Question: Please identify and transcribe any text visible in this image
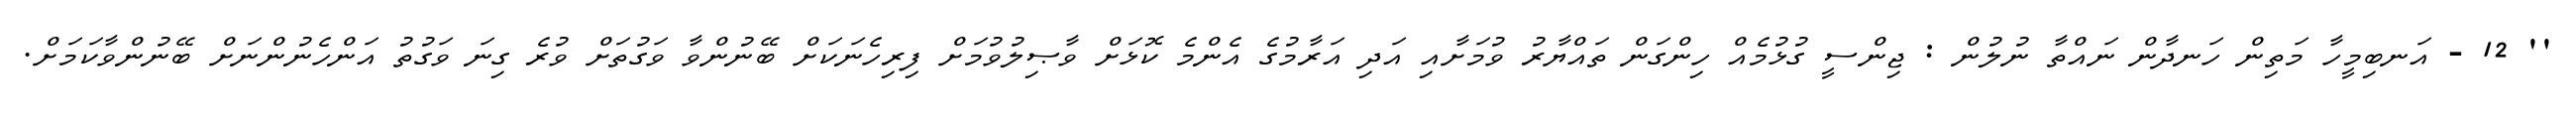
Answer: '' 12 - އަނބިމީހާ މަތިން ހަނދާން ނައްތާ ނުލުން : ޖިންސީ ގުޅުމެއް ހިންގަން ތައްޔާރު ވުމަށާއި އަދި އަރާމުގެ އެންމެ ކޮޅަށް ވާޞިލުވުމަށް ފިރިހެނަކަށް ބޭނުންވާ ވަގުތަށް ވުރެ ގިނަ ވަގުތު އަންހެނުންނަށް ބޭނުންވާކަމަށް.